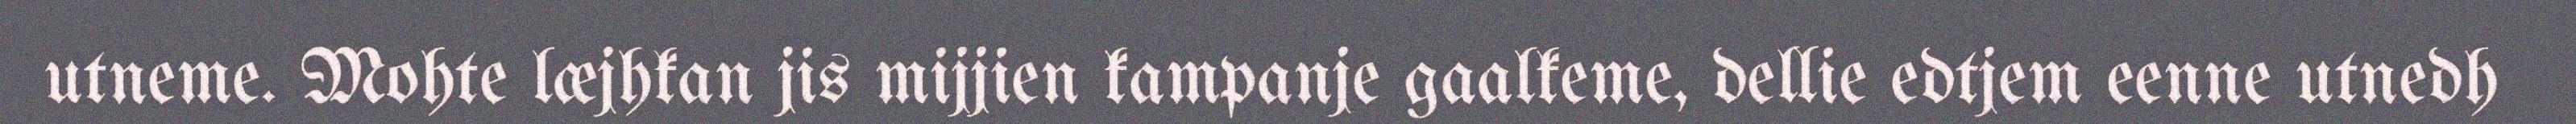
utneme. Mohte læjhkan jis mijjien kampanje gaalkeme, dellie edtjem eenne utnedh